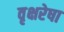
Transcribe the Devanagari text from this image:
वृक्षरेषा